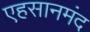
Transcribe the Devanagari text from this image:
एहसानमंद